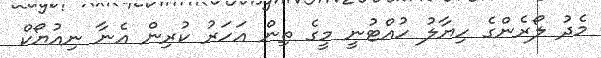
މެދު ލޯރެންގެ ހިޔާލު ހުއްޓުނީ މީގެ ތިން އަހަރު ކުރިން އެނާ ނިއުޔޯކް